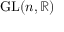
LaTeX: { \mathrm { G L } } ( n , \mathbb { R } )